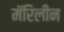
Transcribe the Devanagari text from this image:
मॅरिलीन